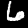
Label: 6